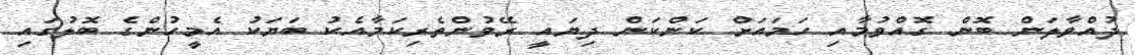
ދުއްވާލަން ބޮން ގޮއްވުމާއި ހަމައަށް ކަންކަން ދިޔައީ ރޭވުންތެރިކަމާއެކު ބަޔަކު އެމީހުންގެ ބޮލުގައި